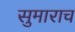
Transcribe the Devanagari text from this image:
सुमाराच